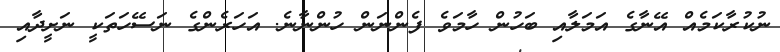
ނުކުރާކަމެއް އޭނާގެ އަމަލާއި ބަހުން ހާމަވެ ފެންނަން ހުންނާނެ. އަހަރެންގެ ނަސޭހަތަކީ ނަށީދާއި